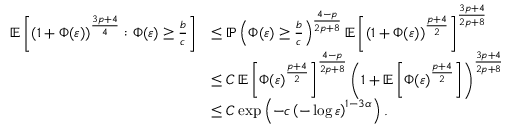
\begin{array} { r l } { \mathbb { E } \left[ \left( 1 + \Phi ( \varepsilon ) \right) ^ { \frac { 3 p + 4 } { 4 } } : \Phi ( \varepsilon ) \geq \frac { b } { c } \right] } & { \leq \mathbb { P } \left( \Phi ( \varepsilon ) \geq \frac { b } { c } \right) ^ { \frac { 4 - p } { 2 p + 8 } } \mathbb { E } \left[ \left( 1 + \Phi ( \varepsilon ) \right) ^ { \frac { p + 4 } { 2 } } \right] ^ { \frac { 3 p + 4 } { 2 p + 8 } } } \\ & { \leq C \, \mathbb { E } \left[ \Phi ( \varepsilon ) ^ { \frac { p + 4 } { 2 } } \right] ^ { \frac { 4 - p } { 2 p + 8 } } \left( 1 + \mathbb { E } \left[ \Phi ( \varepsilon ) ^ { \frac { p + 4 } { 2 } } \right] \right) ^ { \frac { 3 p + 4 } { 2 p + 8 } } } \\ & { \leq C \exp \left( - c \left( - \log \varepsilon \right) ^ { 1 - 3 \alpha } \right) . } \end{array}